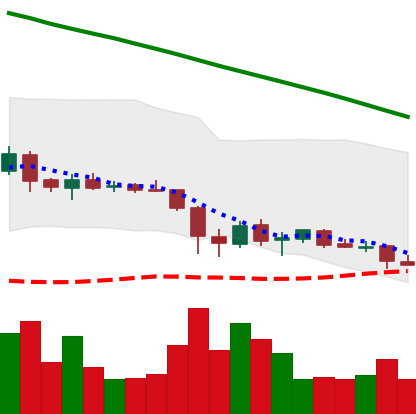
Ticker: ADA-USD
Chart end date: 2019-02-07
Forward return: 14.713%
Label: up_7plus